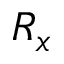
R _ { x }